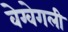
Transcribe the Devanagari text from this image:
वेग्वेगली